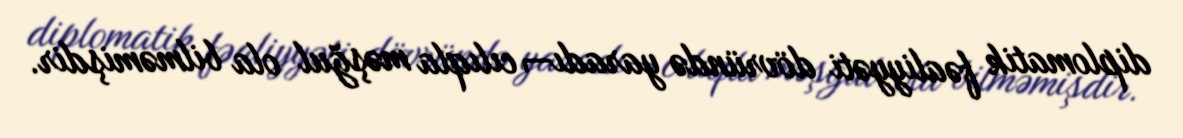
diplomatik fəaliyyəti dövründə yaradı¬cılıqla məşğul ola bilməmişdir.